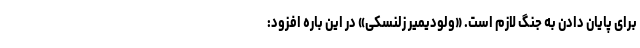
برای پایان دادن به جنگ لازم است. «ولودیمیر زلنسکی» در این باره افزود: